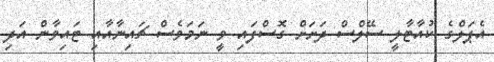
އެޕަލްގެ ކުއާޓާލީ ސޭލްސް ދަށަށް ގޮސްފައި ވީ ނަމަވެސް ޗައިނާއާއި ޓައިވާން އަދި